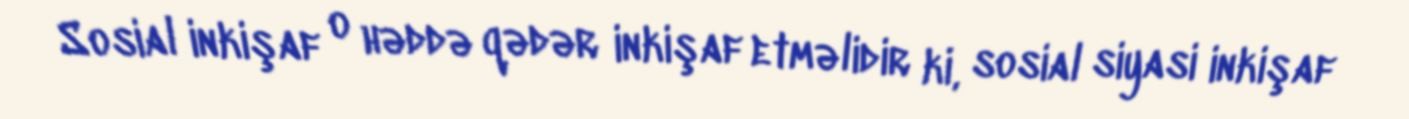
Sosial inkişaf o həddə qədər inkişaf etməlidir ki, sosial siyasi inkişaf